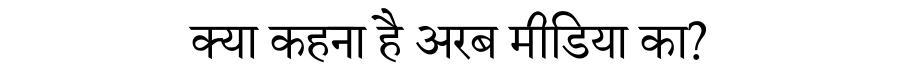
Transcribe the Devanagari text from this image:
क्या कहना है अरब मीडिया का?